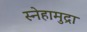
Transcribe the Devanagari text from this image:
स्नेहामुद्रा